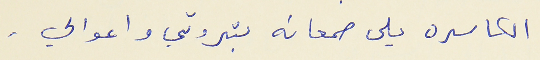
الكاسره يلى صمعانه بثروتي واعوالي .